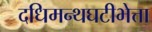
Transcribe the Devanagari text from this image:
दधिमन्थघटीभेत्ता